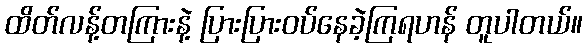
ထိတ်လန့်တကြားနဲ့ ပြားပြားဝပ်နေခဲ့ကြရဟန် တူပါတယ်။